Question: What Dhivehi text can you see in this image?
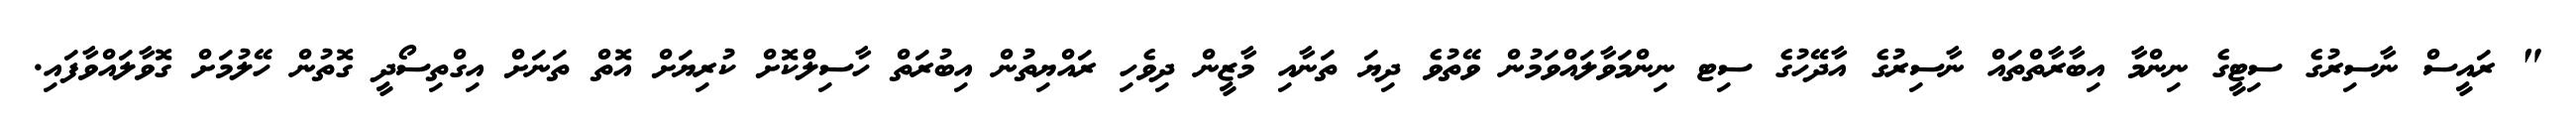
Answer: " ރައީސް ނާސިރުގެ ސިޓީގެ ނިންމާ އިބާރާތްތައް ނާސިރުގެ އާދޭހުގެ ސިޓ ނިންމަވާލައްވަމުން ވޭތުވެ ދިޔަ ތަނާއި މާޒީން ދިވެހި ރައްޔިތުން އިބުރަތް ހާސިލްކޮށް ކުރިޔަށް އޮތް ތަނަށް އިގްތިސޯދީ ގޮތުން ހޭލުމަށް ގޮވާލައްވާފައި.